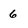
Character: 6